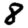
Digit: 8